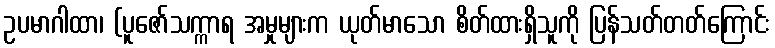
ဥပမာဂါထာ၊ (ပူဇော်သက္ကာရ အမှုများက ယုတ်မာသော စိတ်ထားရှိသူကို ပြန်သတ်တတ်ကြောင်း